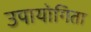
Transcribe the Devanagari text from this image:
उपायोगिता